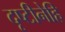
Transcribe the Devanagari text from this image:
दृष्टीनेहि